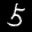
Label: 5